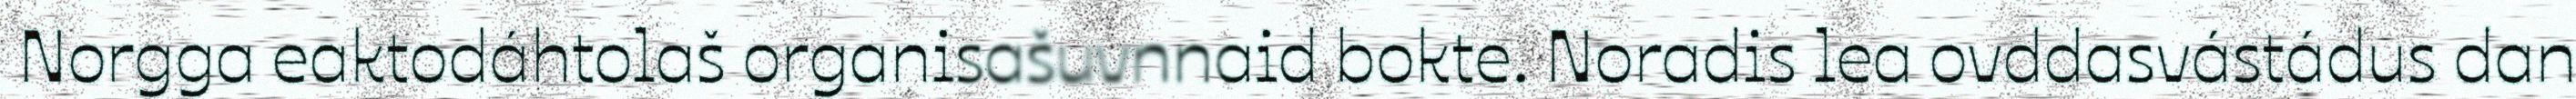
Norgga eaktodáhtolaš organisašuvnnaid bokte. Noradis lea ovddasvástádus dan